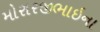
મોરારજીભાઇના